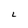
Character: 6